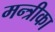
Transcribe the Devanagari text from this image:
मन्त्रीका